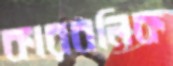
কারবলিক